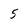
Character: 5